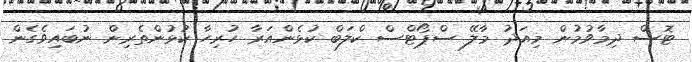
ޓޮސް ދިމާވުމުން މިއަދު މާލޭ ސްޕޯޓްސް ކްލަބް ކުޅެންއަރާ ހުރިހާ ކުޅުންތެރިން ނުބައިވެގެން